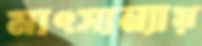
মাৎস্যন্যায়